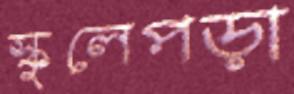
স্কুলেপড়া